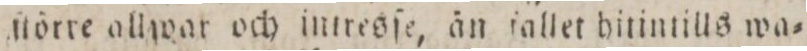
ſtörre ollwar och intresſe, än ſallet hitintills wa=